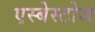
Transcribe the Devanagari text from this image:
एस्बेस्टोज